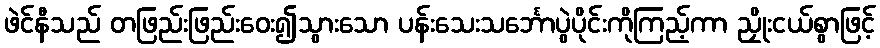
ဖဲင်နီသည် တဖြည်းဖြည်းဝေး၍သွားသော ပန်းသေးသင်္ဘောပွဲပိုင်းကိုကြည့်ကာ ညှိုးငယ်စွာဖြင့်